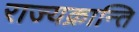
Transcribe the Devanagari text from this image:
राज्यक्रान्ति